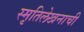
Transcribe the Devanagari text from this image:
स्मृतिलेखनाची